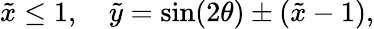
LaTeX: \tilde{x}\le 1,\quad\tilde{y}=\sin(2\theta)\pm(\tilde{x}-1),